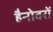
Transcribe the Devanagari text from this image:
हैनोवरों